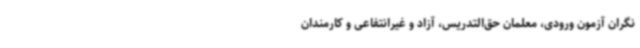
نگران آزمون ورودی، معلمان حق‌التدریس، آزاد و غیرانتفاعی و کارمندان